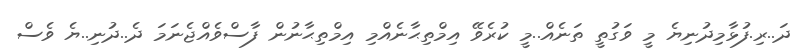
ދަ..ރި.ފުޅާމިދުނިޔެ މީ ވަގުތީ ތަނެއް..މީ ކުރެވޭ އިމްތިޙާނެއްމި އިމްތިޙާނުން ފާސްވެއްޖެނަމަ ދެ..ދުނި..ޔެ ވެސް